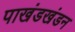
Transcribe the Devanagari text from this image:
पाखंडखंडन